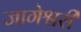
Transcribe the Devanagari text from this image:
जागेश्वरी